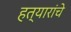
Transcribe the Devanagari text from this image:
हत्यारांचे